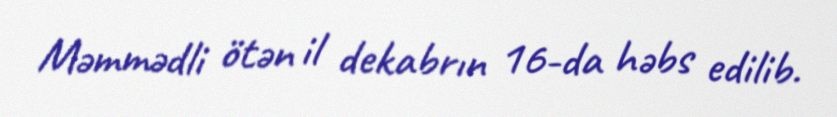
Məmmədli ötən il dekabrın 16-da həbs edilib.